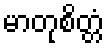
မာတုစိတ္တံ